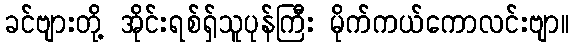
ခင်ဗျားတို့ အိုင်းရစ်ရှ်သူပုန်ကြီး မိုက်ကယ်ကောလင်းဗျာ။